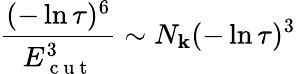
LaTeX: \frac{(-\ln{\tau})^{6}}{E_{\mathrm{~c~u~t~}}^{3}}\sim N_{\mathbf{k}}(-\ln{\tau})^{3}